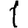
Digit: 1